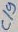
Text: C19